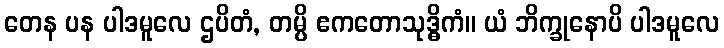
တေန ပန ပါဒမူလေ ဌပိတံ, တမ္ပိ ဧကတောသုဒ္ဓိကံ။ ယံ ဘိက္ခုနောပိ ပါဒမူလေ